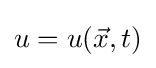
u=u({\vec {x}},t)